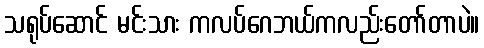
သရုပ်ဆောင် မင်းသား ကလပ်ဂေဘယ်ကလည်းတော်တာပဲ။